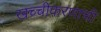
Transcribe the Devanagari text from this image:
खच्चीकरणाची